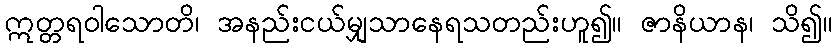
ဣတ္တရဝါသောတိ၊ အနည်းငယ်မျှသာနေရသတည်းဟူ၍။ ဇာနိယာန၊ သိ၍။